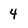
Character: 4